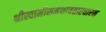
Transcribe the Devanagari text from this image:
श्रीस्वामीसमर्थावतारधारक